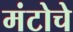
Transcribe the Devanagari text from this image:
मंटोचे